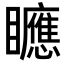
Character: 𥌾